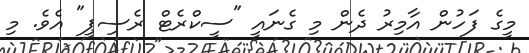
މީގެ ފަހުން އާމިރު ދެން މި ގެނައީ "ސީކްރެޓް ރެސިޕީ" އެވެ. މި